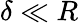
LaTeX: \delta\ll R